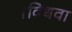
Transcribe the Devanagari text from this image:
।विधवा